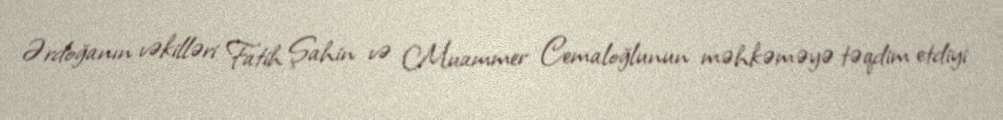
Ərdoğanın vəkilləri Fatih Şahin və Muammer Cemaloğlunun məhkəməyə təqdim etdiyi